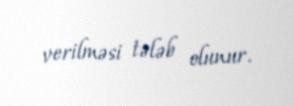
verilməsi tələb olunur.